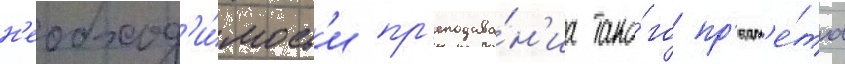
н'еобход'и́мост'и пр'еподава́н'иа тако́го пр'едм'е́та